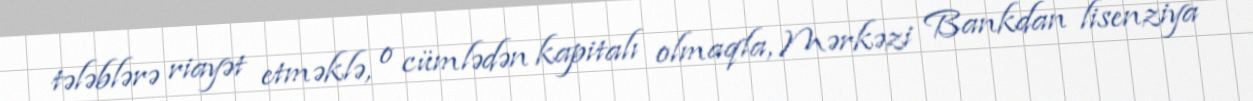
tələblərə riayət etməklə, o cümlədən kapitalı olmaqla, Mərkəzi Bankdan lisenziya